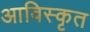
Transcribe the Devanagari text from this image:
आविस्कृत